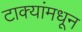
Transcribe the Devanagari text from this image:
टाक्यांमधून